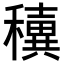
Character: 𥣢